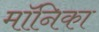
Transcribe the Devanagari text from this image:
माॅनिका